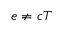
e \neq c T